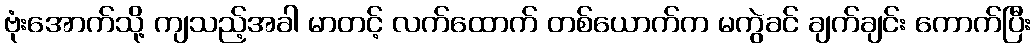
ဗုံးအောက်သို့ ကျသည့်အခါ မာတင့် လက်ထောက် တစ်ယောက်က မကွဲခင် ချက်ချင်း ကောက်ပြီး